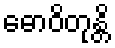
ဓောဝိတုန္တိ